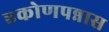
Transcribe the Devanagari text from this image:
एकोणपन्नास